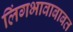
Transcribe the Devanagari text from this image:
लिंगभावाबाबत